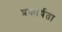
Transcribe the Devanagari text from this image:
प्रकार्यता